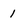
Character: 1